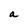
Character: a